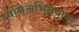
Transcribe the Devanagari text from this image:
ध्वनिअभिनयावर